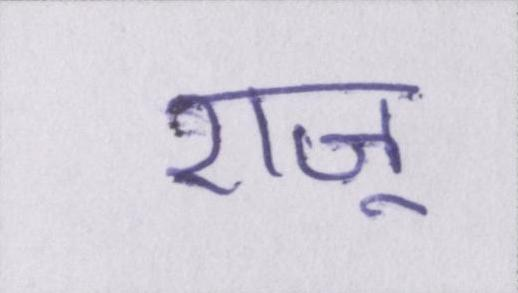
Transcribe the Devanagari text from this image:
राजू